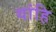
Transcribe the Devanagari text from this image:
यांहि